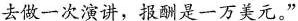
去做一次演讲，报酬是一万美元。”